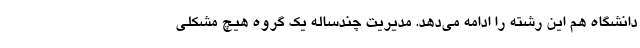
دانشگاه هم این رشته را ادامه می‌دهد. مدیریت چندساله یک گروه هیچ مشکلی